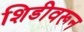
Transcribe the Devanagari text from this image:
शिडीवरून